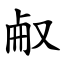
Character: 㕟